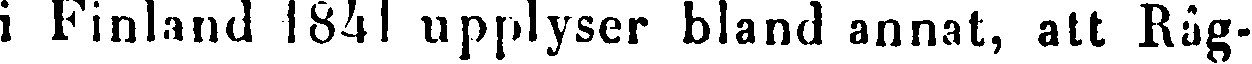
i Finland 1841 upplyser bland annat, att Råg-